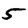
Digit: 5